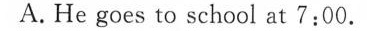
A. He goes to school at 7:00.